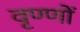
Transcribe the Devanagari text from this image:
वृण्णों